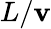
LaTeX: L/\mathbf{v}